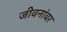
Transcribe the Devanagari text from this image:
जीवनांवर